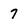
Character: 7